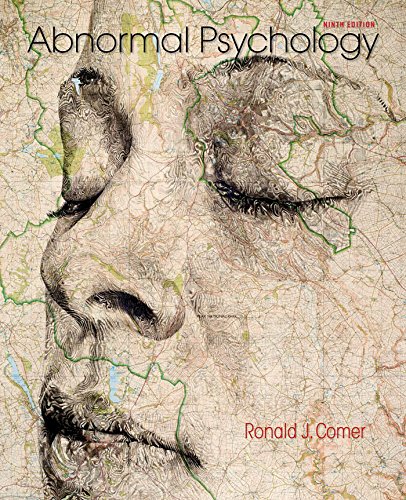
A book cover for Abnormal Psychology; Ronald J. Comer; Medical Books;